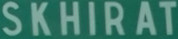
SKHIRAT